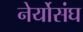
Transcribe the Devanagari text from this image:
नेर्योसंघ